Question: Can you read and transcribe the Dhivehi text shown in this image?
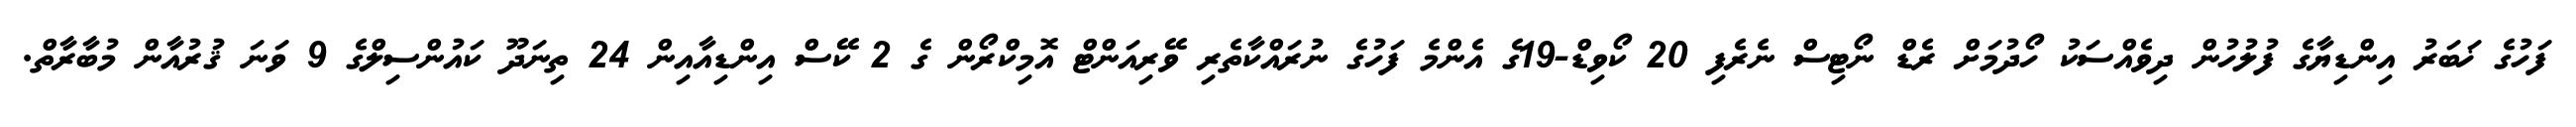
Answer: ފަހުގެ ޚަބަރު އިންޑިޔާގެ ފުލުހުން ދިވެއްސަކު ހޯދުމަށް ރެޑް ނޯޓިސް ނެރެފި 20 ކޯވިޑް-19ގެ އެންމެ ފަހުގެ ނުރައްކާތެރި ވޭރިއަންޓް އޮމިކްރޯން ގެ 2 ކޭސް އިންޑިއާއިން 24 ތިނަދޫ ކައުންސިލްގެ 9 ވަނަ ޤުރުއާން މުބާރާތް.